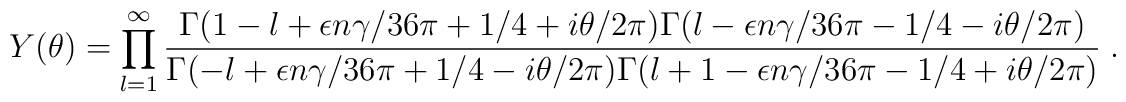
Y(\theta)=\prod_{l=1}^{\infty}\frac{\textstyle \Gamma(1-l+\epsilon n\gamma/36\pi+1/4+i\theta/2\pi) \Gamma(l-\epsilon n\gamma/36\pi-1/4-i\theta/2\pi)} {\textstyle \Gamma(-l+\epsilon n\gamma/36\pi+1/4-i\theta/2\pi) \Gamma(l+1-\epsilon n\gamma/36\pi-1/4+i\theta/2\pi)}\;.